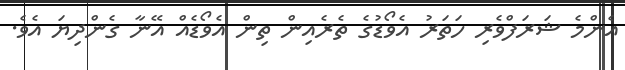
އެންމެ ޝަރަފްވެރި ހަތަރު އެވޯޑުގެ ތެރެއިން ތިން އެވޯޑެއް އޭނާ ގެންދިޔަ އެވެ.